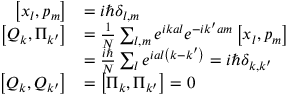
{ \begin{array} { r l } { \left[ x _ { l } , p _ { m } \right] } & { = i \hbar \delta _ { l , m } } \\ { \left[ Q _ { k } , \Pi _ { k ^ { \prime } } \right] } & { = { \frac { 1 } { N } } \sum _ { l , m } e ^ { i k a l } e ^ { - i k ^ { \prime } a m } \left[ x _ { l } , p _ { m } \right] } \\ & { = { \frac { i \hbar } { N } } \sum _ { l } e ^ { i a l \left( k - k ^ { \prime } \right) } = i \hbar \delta _ { k , k ^ { \prime } } } \\ { \left[ Q _ { k } , Q _ { k ^ { \prime } } \right] } & { = \left[ \Pi _ { k } , \Pi _ { k ^ { \prime } } \right] = 0 } \end{array} }